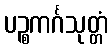
ပဉ္စကင်္ဂသုတ္တံ